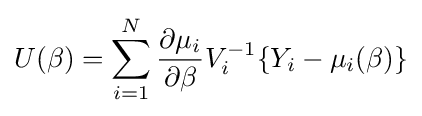
U(\beta )=\sum _{i=1}^{N}{\frac {\partial \mu _{i}}{\partial \beta }}V_{i}^{-1}\{Y_{i}-\mu _{i}(\beta )\}\,\!